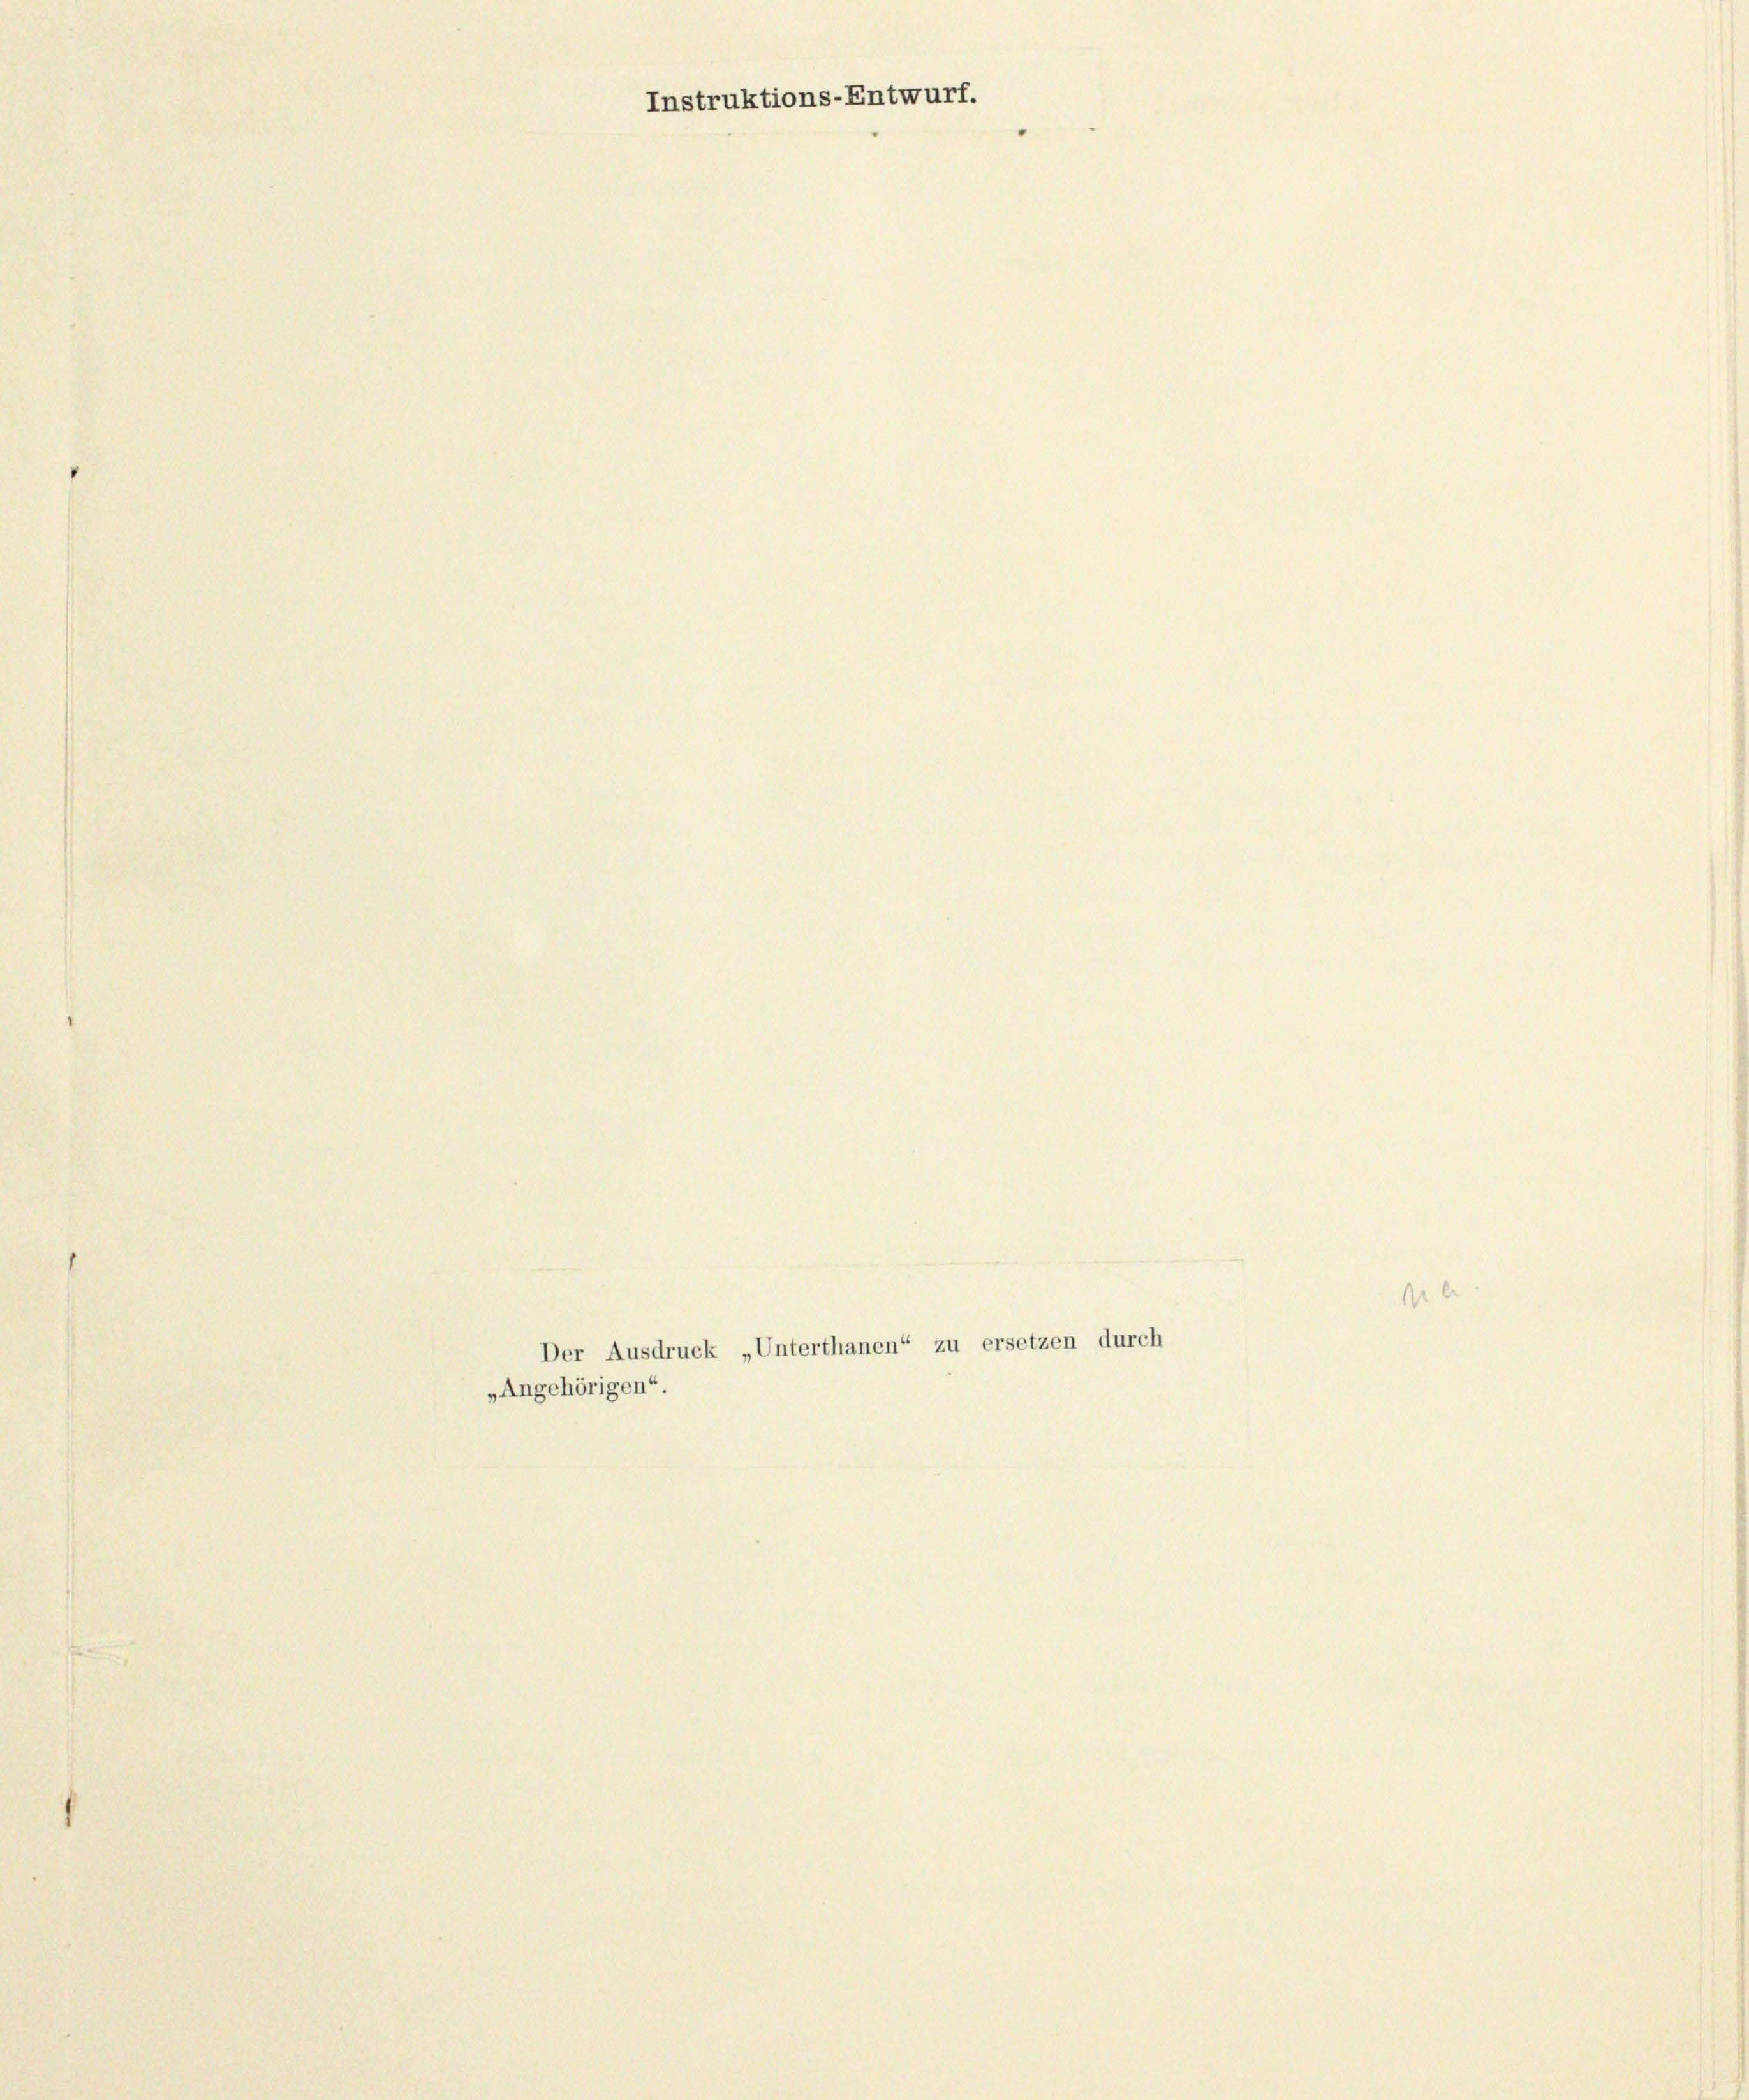
Instruktions-Entwurf.

„Angehörigen“.

Der Ausdruck „Unterthanen“ zu ersetzen durch